Source: Handwritten
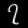
Digit: ၇ (7)